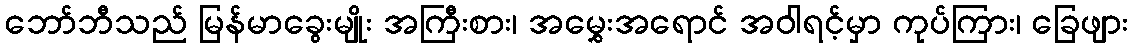
ဘော်ဘီသည် မြန်မာခွေးမျိုး အကြီးစား၊ အမွှေးအရောင် အဝါရင့်မှာ ကုပ်ကြား၊ ခြေဖျား